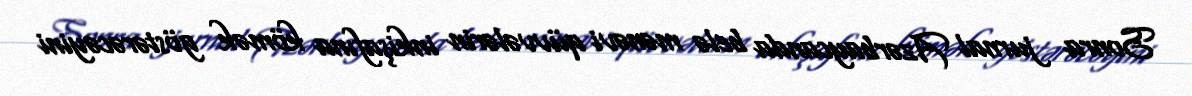
Sonra jurnal Azərbaycanda belə mənəvi qüvvələrin inkişafına kömək göstərəcəyini